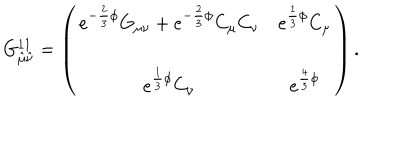
LaTeX: G _ { \hat { \mu } \hat { \nu } } ^ { 1 1 } = \left( \begin{array} { c c } { { e ^ { - \frac { 2 } { 3 } \phi } G _ { \mu \nu } + e ^ { - \frac { 2 } { 3 } \phi } C _ { \mu } C _ { \nu } } } & { { e ^ { \frac { 1 } { 3 } \phi } C _ { \mu } } } \\ { { } } & { { } } \\ { { e ^ { \frac { 1 } { 3 } \phi } C _ { \nu } } } & { { e ^ { \frac { 4 } { 3 } \phi } } } \\ \end{array} \right) .